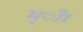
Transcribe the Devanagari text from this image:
भ्ीा